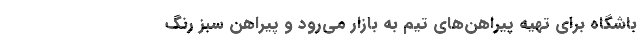
باشگاه برای تهیه پیراهن‌های تیم به بازار می‌رود و پیراهن سبز رنگ